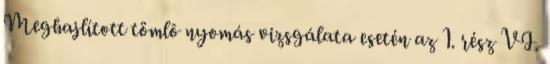
Meghajlított tömlõ nyomás vizsgálata esetén az 1. rész VI.